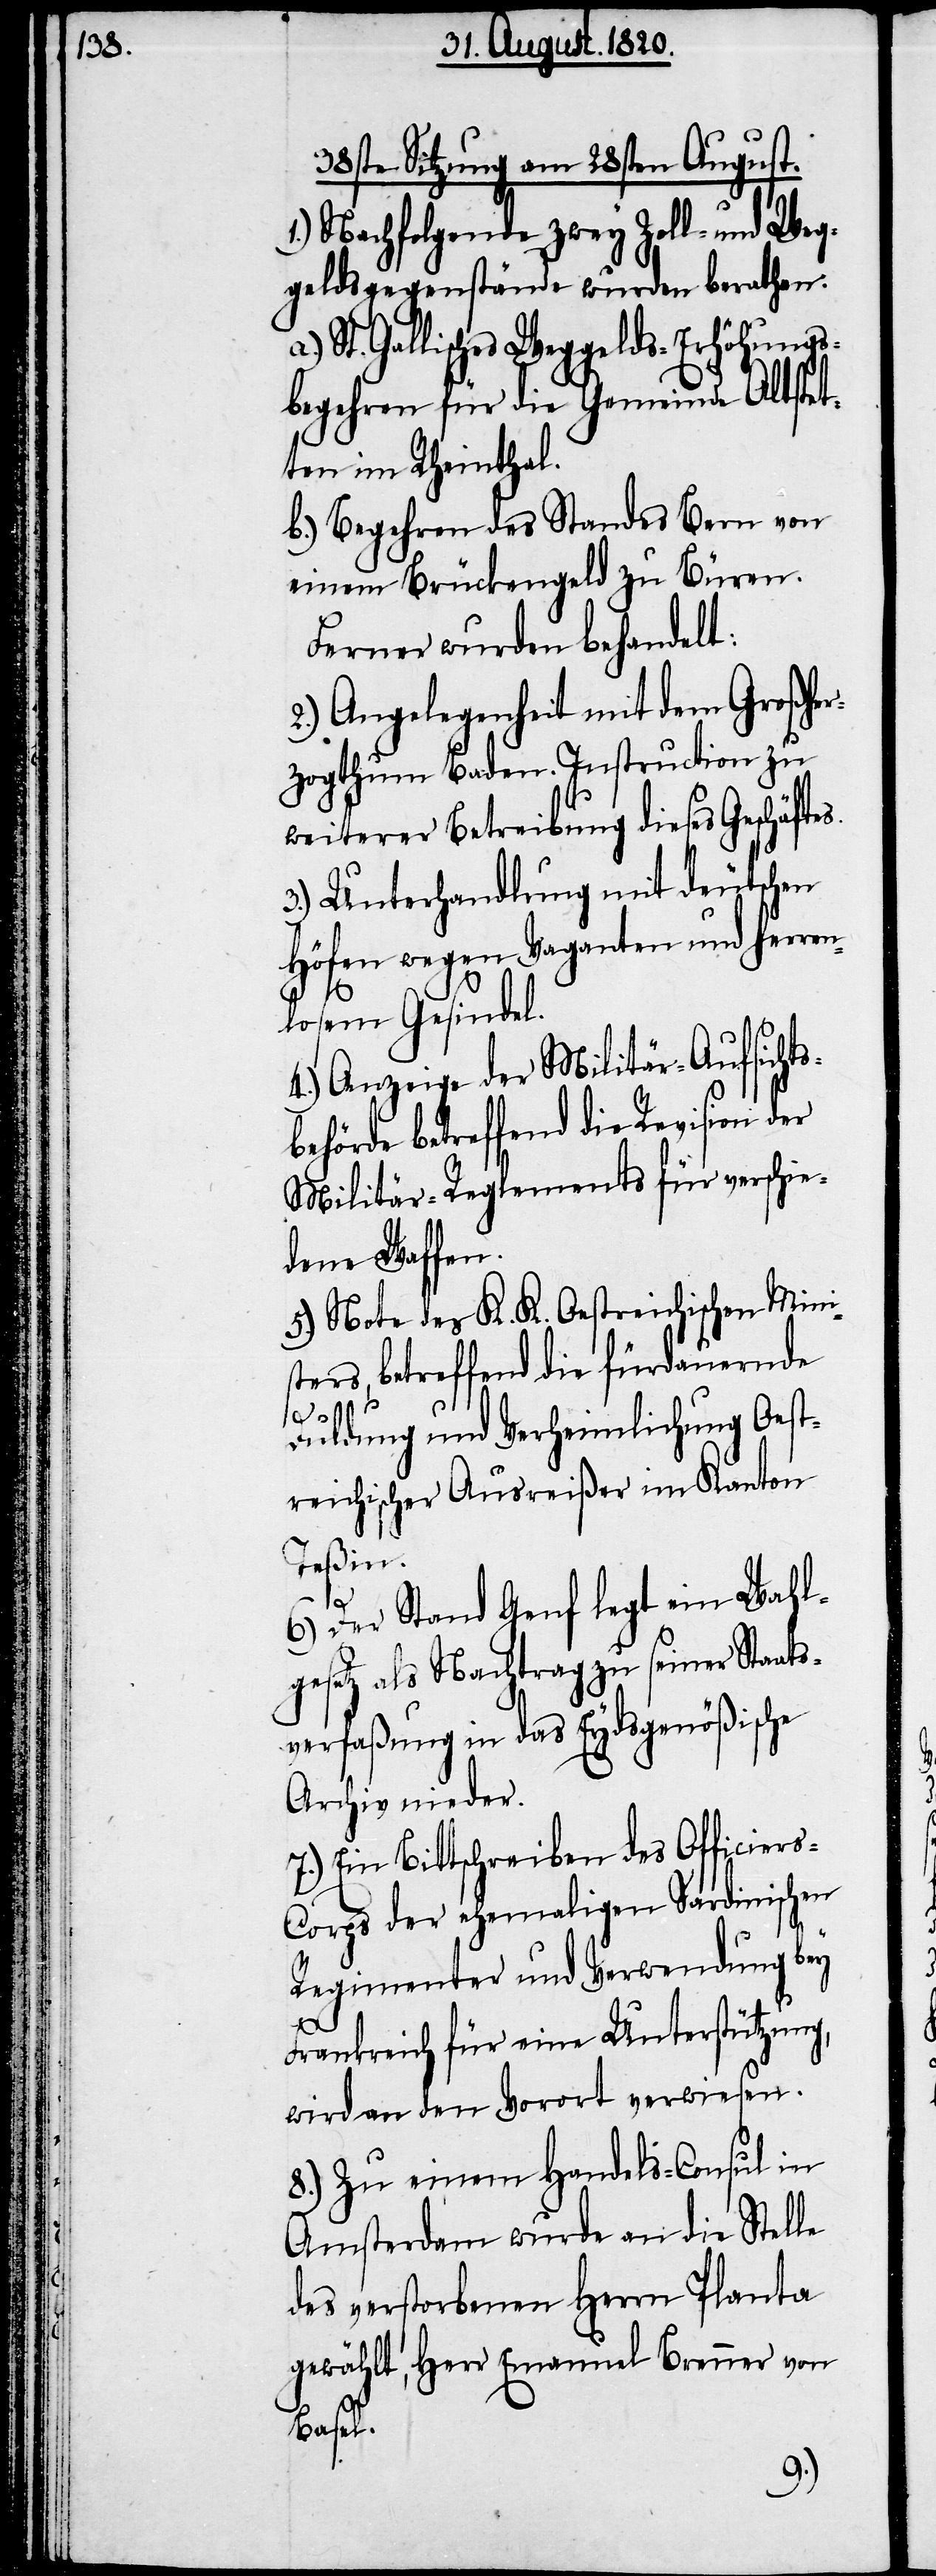
38sten Sitzung am 28sten August.
1.) Nachfolgende zwey Zoll- und Weg¬
geldsgegenstände wurden berathen.
St. Gallisches Weggelds-Erhöhungs¬
begehren für die Gemeinde Altstet¬
ten im Rheinthal.
b.) Begehren des Standes Bern von
einem Brückengeld zu Büren.
Ferner wurden behandelt:
2.) Angelegenheit mit dem Großher¬
zogthum Baden. Instruction zu
weiterer Betreibung dieses Geschäftes.
3.) Unterhandlung mit deutschen
Höfen wegen Vaganten und Herren¬
losem Gesindel.
4.) Anzeige der Militär-Aufsichts¬
behörde betreffend die Revision der
Militär-Reglements für verschie¬
dene Waffen.
5.) Note des K. K. Oestreichischen Mini¬
sters betreffend die fürdauernde
s-C¬
Duldung und Verheimlichung Oest¬
reichischer Ausreißer im Kantons
Teßin.
6.) Der Stand Genf legt ein Wahl¬
gesetz als Nachtrag zu seiner Staat¬
sverfaßung in das Eydsgenößische
Archiv nieder.
7.) Ein Bittschreiben des Officier¬
orps der ehemaligen Sardinischen
Regimenter und Verwendung bey
Frankreich für eine Unterstützung,
wird an den Vorort verwiesen.
8.) Zu einem Handels-Consul in
Amsterdam wurde an die Stelle
des verstorbenen Herrn Planta
gewählt, Herr Emanuel Brenner von
Basel.
a.)